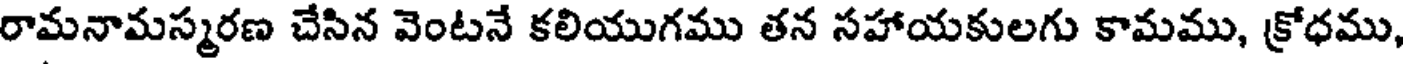
రామనామస్మరణ చేసిన వెంటనే కలియుగము తన సహాయకులగు కామము, క్రోధము,